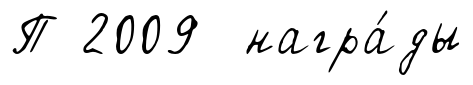
П 2009 награ́ды